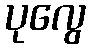
ပုလွေ